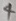
Text: 4